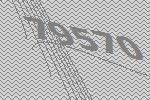
79570